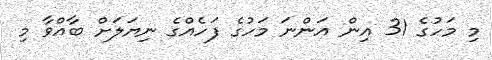
މި މަހުގެ 31 އިން އަންނަ މަހުގެ ފަހެއްގެ ނިޔަލަށް ބާއްވާ މި